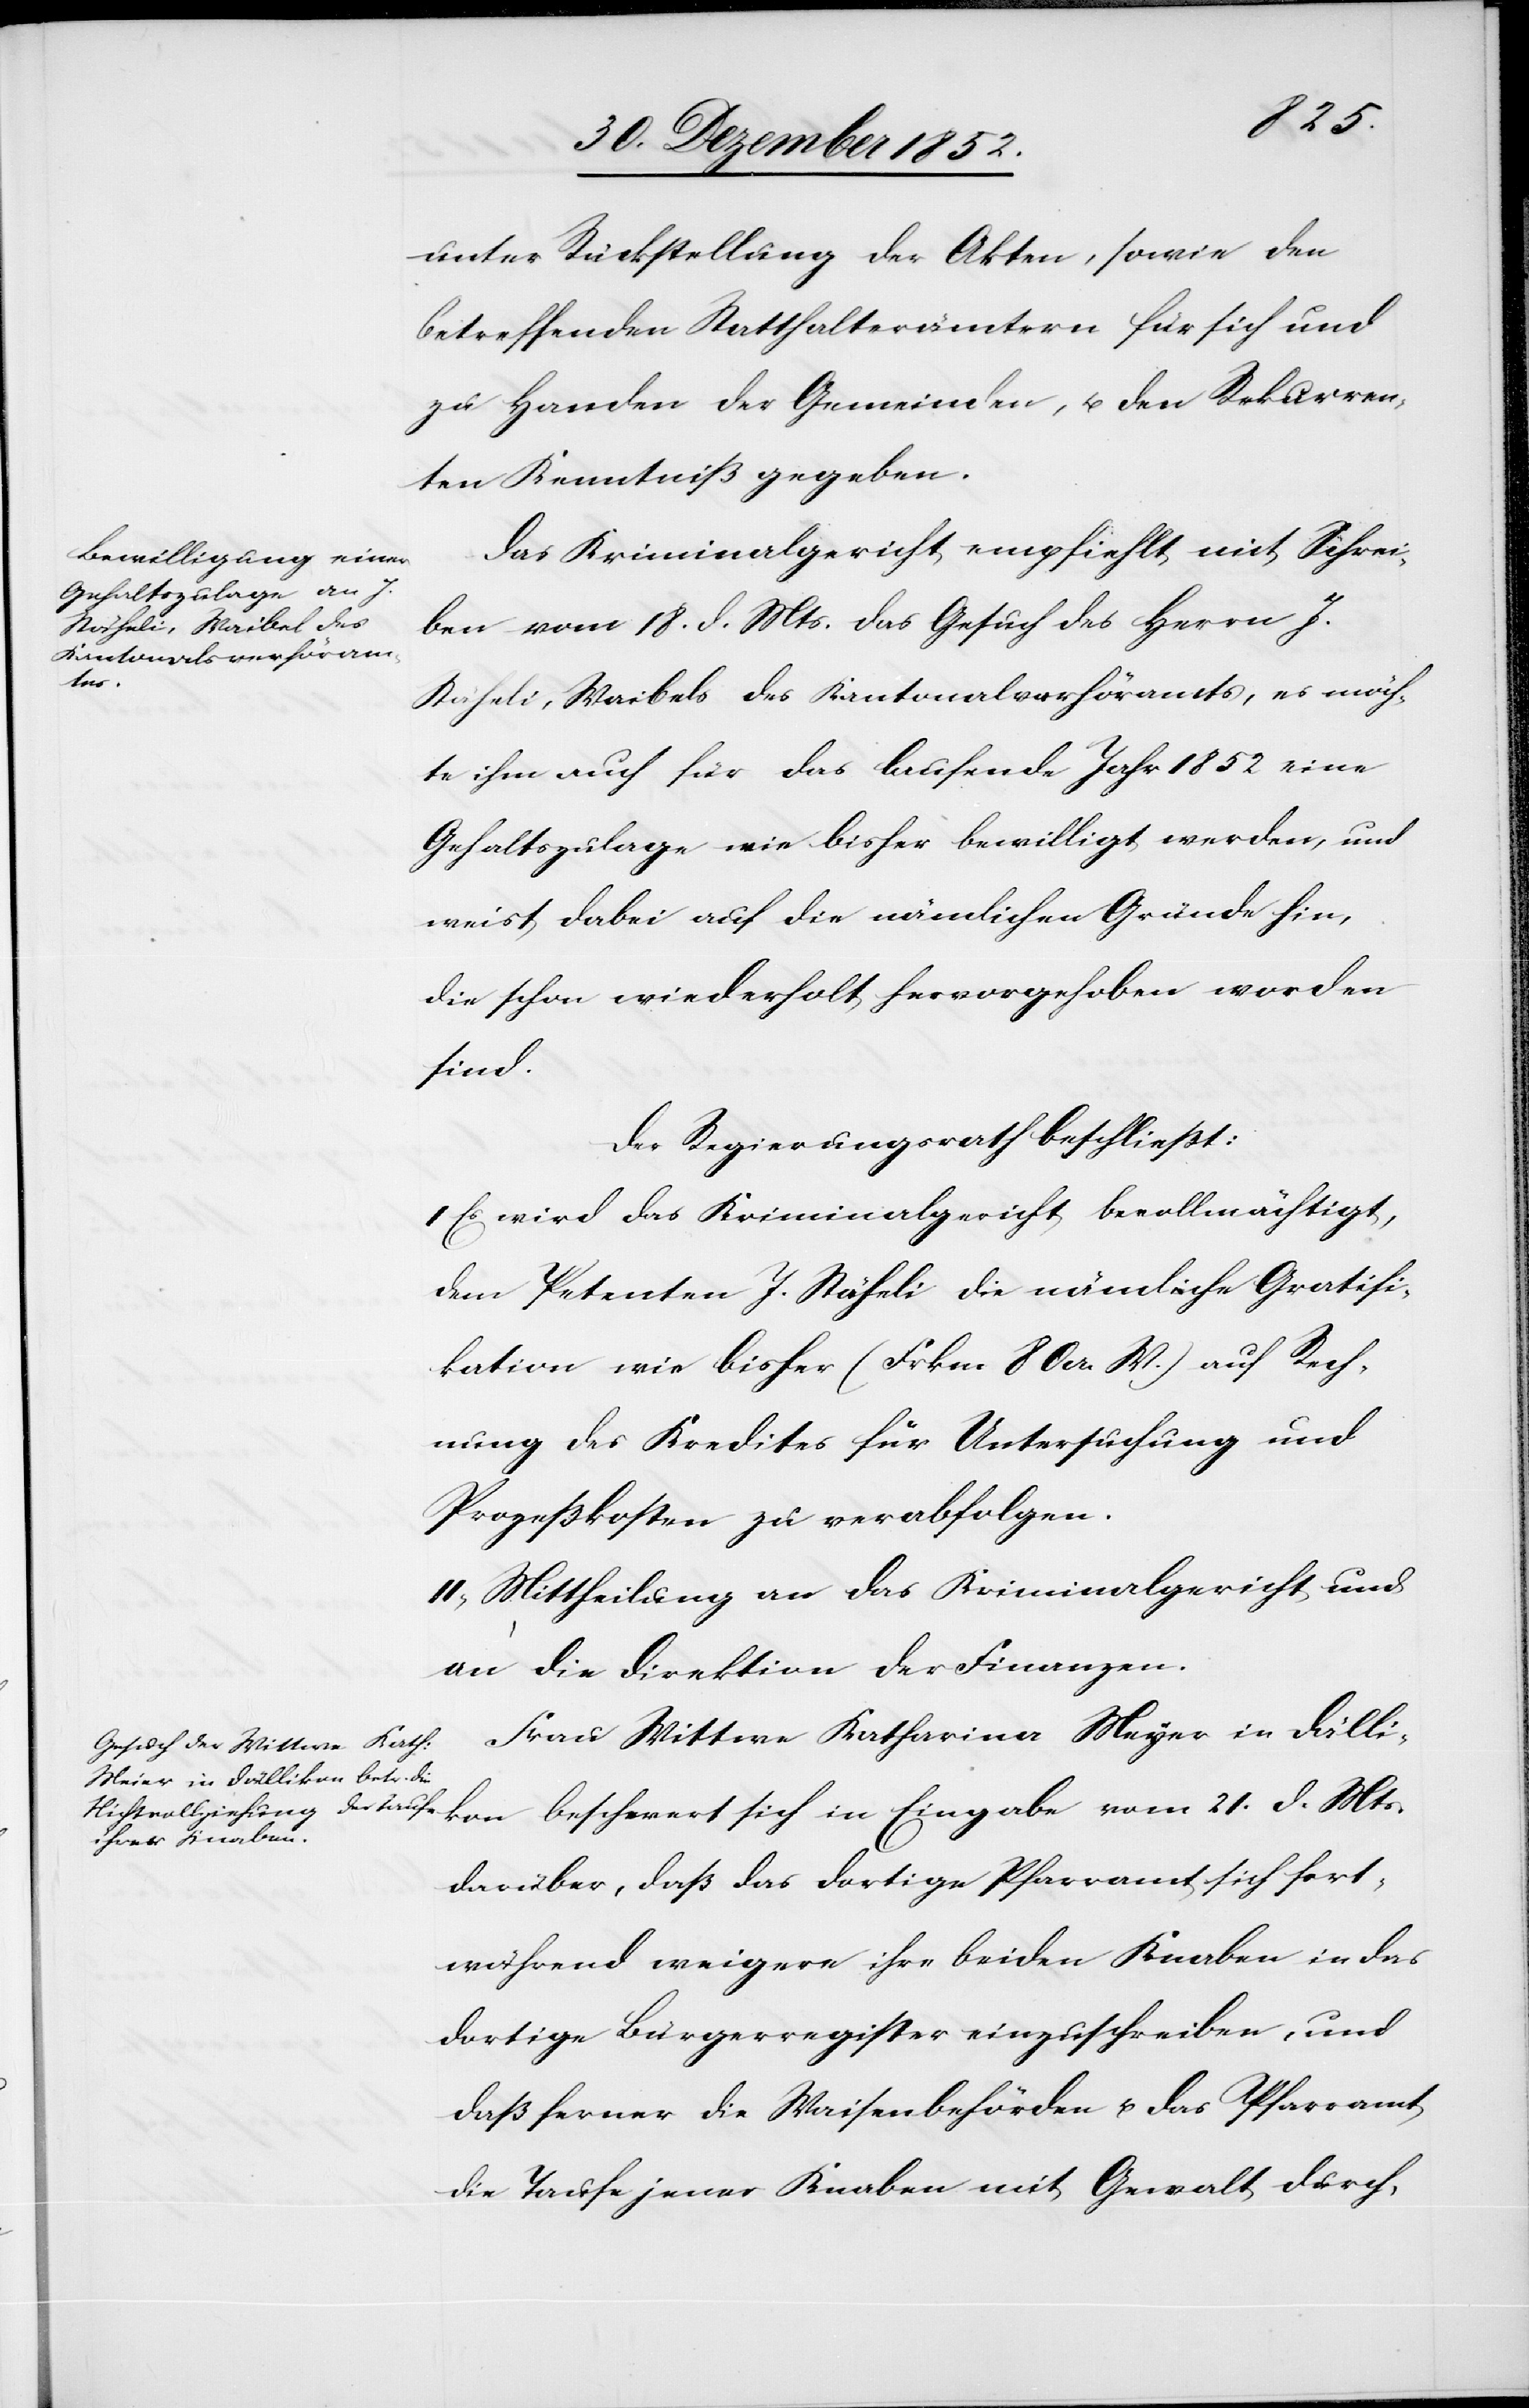
unter Rückstellung der Akten, sowie den
betreffenden Statthalterämtern für sich und
zu Handen der Gemeinden, u. den Rekurren¬
ten Kenntniß gegeben.
Das Kriminalgericht empfiehlt mit Schrei¬
ben vom 18. d. Mts. das Gesuch des Herrn J.
Stäheli, Waibels des Kantonalverhöramts, es möch¬
te ihm auch für das laufende Jahr 1852 eine
Gehaltszulage wie bisher bewilligt werden, und
weist dabei auf die nämlichen Gründe hin,
die schon wiederholt hervorgehoben worden
sind.
Der Regierungsrath beschließt:
I Es wird das Kriminalgericht bevollmächtigt,
dem Petenten J. Stäheli die nämliche Gratifi¬
kation wie bisher (Frkn. 80 a. W.) auf Rech¬
nung des Kredites für Untersuchung und
Prozeßkosten zu verabfolgen.
II, Mittheilung an das Kriminalgericht und
an die Direktion der Finanzen.
Frau Wittwe Katharina Meyer [sic!] in Dälli¬
kon beschwert sich in Eingabe vom 21. d. Mts.
darüber, daß das dortige Pfarramt sich fort¬
während weigere ihre beiden Knaben in das
dortige Bürgerregister einzuschreiben, und
daß ferner die Waisenbehörden u. das Pfarramt
die Taufe jener Knaben mit Gewalt durch-